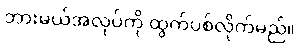
ဘားမယ်အလုပ်ကို ထွက်ပစ်လိုက်မည်။